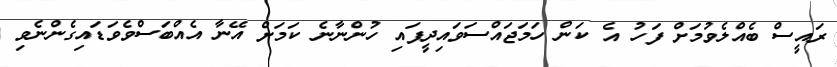
ރައީސް ބެއްލެވުމަށް ފަހު އެ ކަން ހަމަޖައްސަވައިދީފައި ހުންނާނެ ކަމަށް އޭނާ އެއްބަސްވެވަޑައިގެންނެވި